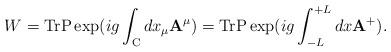
LaTeX: \begin{align*}W = {\rm Tr} {\rm {P}} \exp (i g \int_{{\rm C}} dx_\mu {\bf A}^\mu) = {\rm Tr} {\rm {P}}\exp (i g \int_{- L}^{+ L} d x {\bf A}^+).\end{align*}